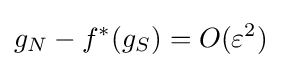
g_{N}-f^{*}(g_{S})=O(\varepsilon ^{2})